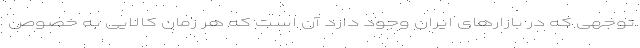
توجهی که در بازارهای ایران وجود دارد آن است که هر زمان کالایی به خصوص